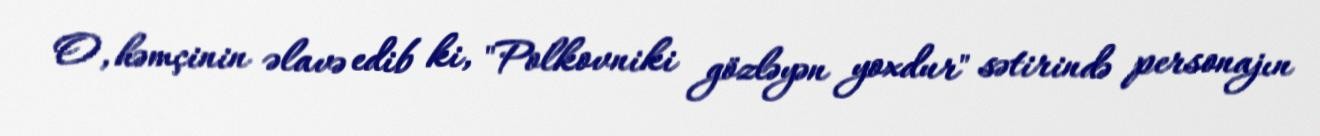
O, həmçinin əlavə edib ki, "Polkovniki gözləyən yoxdur" sətirində personajın